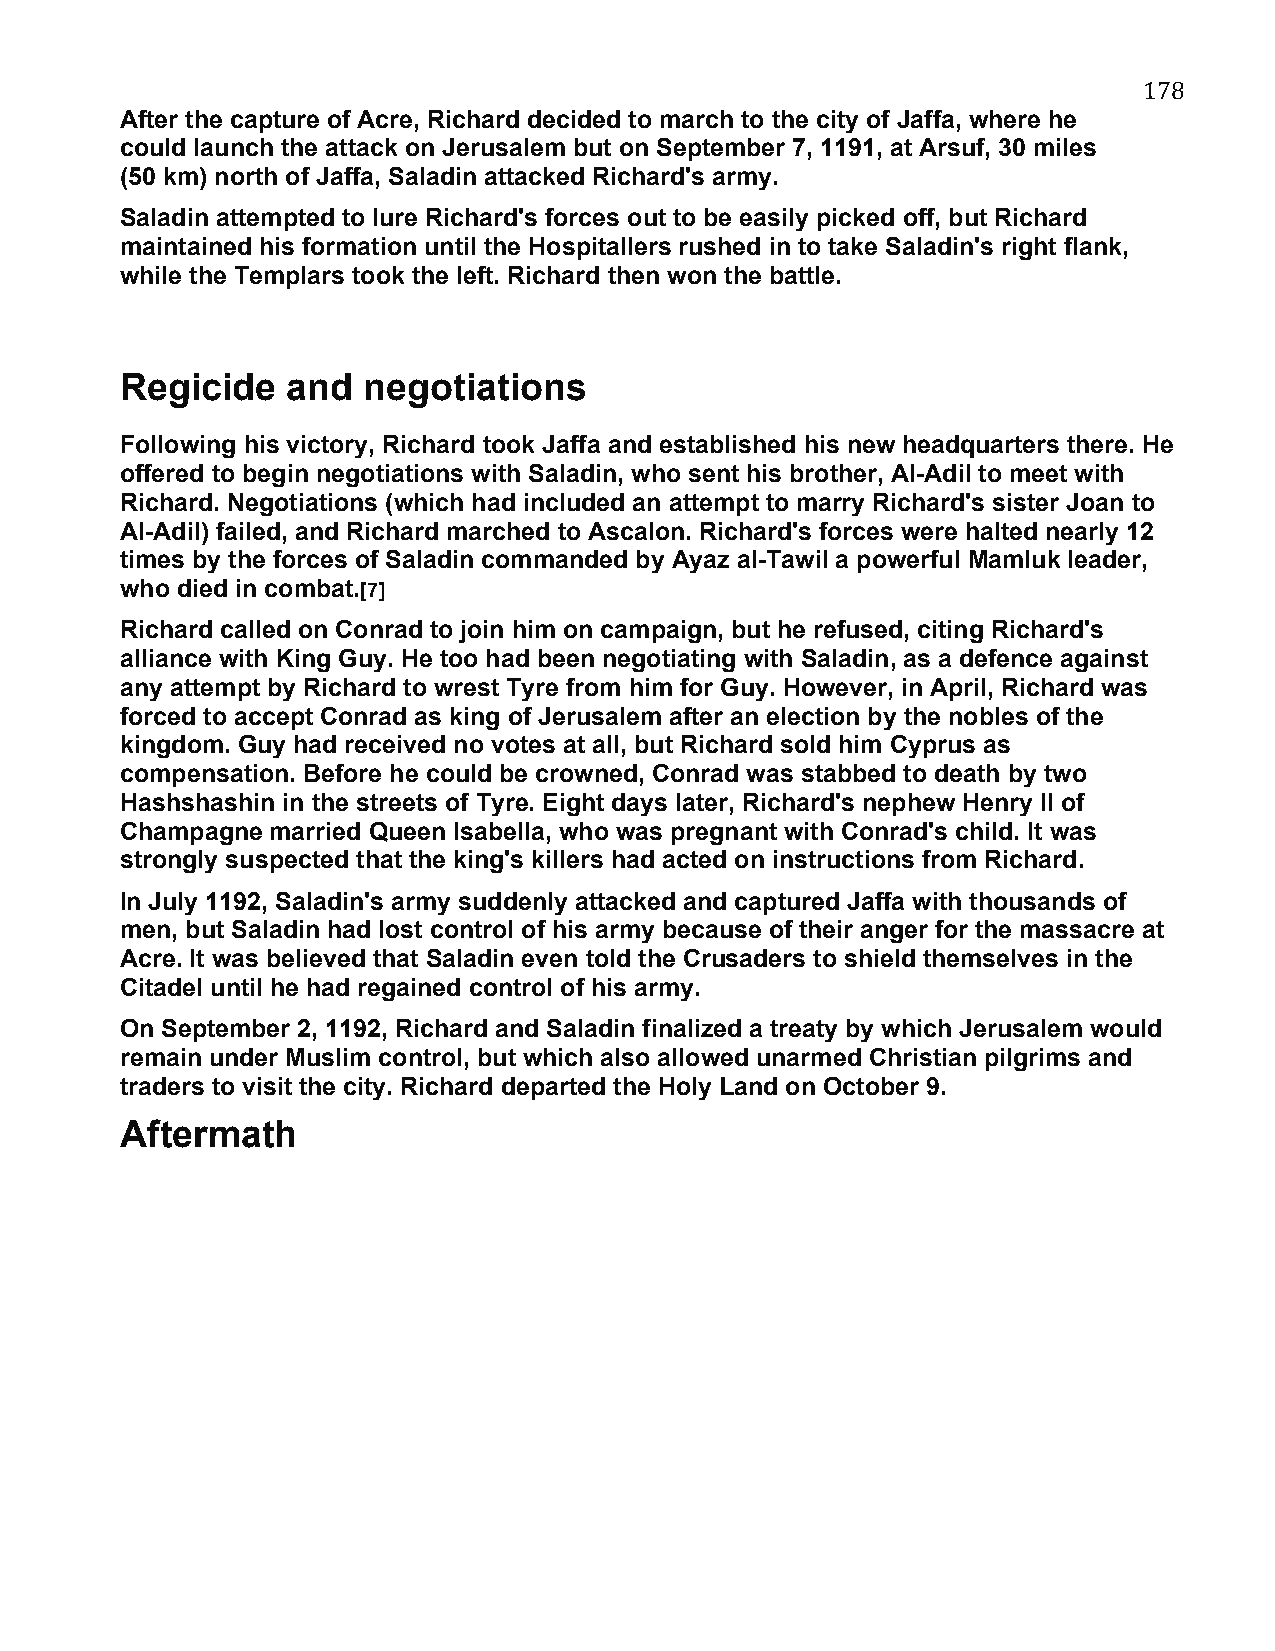
178
 After the capture of Acre, Richard decided to march to the city of Jaffa, where he
 could launch the attack on Jerusalem but on September 7, 1191, at Arsuf, 30 miles
 (50 km) north of Jaffa, Saladin attacked Richard's army.
 Saladin attempted to lure Richard's forces out to be easily picked off, but Richard
 maintained his formation until the Hospitallers rushed in to take Saladin's right flank,
 while the Templars took the left. Richard then won the battle.
 Regicide   and  negotiations
 Following his victory, Richard took Jaffa and established his new headquarters there. He
 offered to begin negotiations with Saladin, who sent his brother, Al-Adil to meet with
 Richard. Negotiations (which had included an attempt to marry Richard's sister Joan to
 Al-Adil) failed, and Richard marched to Ascalon. Richard's forces were halted nearly 12
 times by the forces of Saladin commanded by Ayaz al-Tawil a powerful Mamluk leader,
 who died in combat.[7]
 Richard called on Conrad to join him on campaign, but he refused, citing Richard's
 alliance with King Guy. He too had been negotiating with Saladin, as a defence against
 any attempt by Richard to wrest Tyre from him for Guy. However, in April, Richard was
 forced to accept Conrad as king of Jerusalem after an election by the nobles of the
 kingdom. Guy had received no votes at all, but Richard sold him Cyprus as
 compensation. Before he could be crowned, Conrad was stabbed to death by two
 Hashshashin in the streets of Tyre. Eight days later, Richard's nephew Henry II of
 Champagne married Queen Isabella, who was pregnant with Conrad's child. It was
 strongly suspected that the king's killers had acted on instructions from Richard.
 In July 1192, Saladin's army suddenly attacked and captured Jaffa with thousands of
 men, but Saladin had lost control of his army because of their anger for the massacre at
 Acre. It was believed that Saladin even told the Crusaders to shield themselves in the
 Citadel until he had regained control of his army.
 On September 2, 1192, Richard and Saladin finalized a treaty by which Jerusalem would
 remain under Muslim control, but which also allowed unarmed Christian pilgrims and
 traders to visit the city. Richard departed the Holy Land on October 9.
 Aftermath